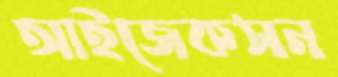
আইজেকসন